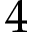
4